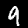
Digit: 9